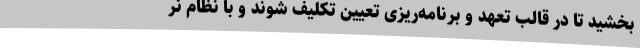
بخشید تا در قالب تعهد و برنامه‌ریزی تعیین تکلیف شوند و با نظام نر